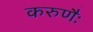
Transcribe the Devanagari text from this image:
करुणैः